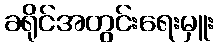
ခရိုင်အတွင်းရေးမှူး